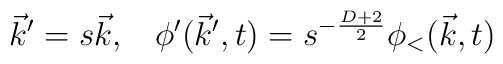
\vec{k}' = s \vec{k}, \; \; \; \phi '(\vec{k}',t) = s^{- \frac{D+2}{2}} \phi_< (\vec{k},t)